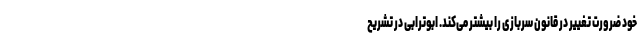
خود ضرورت تغییر در قانون سربازی را بیشتر می‌کند. ابوترابی در تشریح